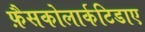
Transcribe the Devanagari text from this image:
फ़ैसकोलार्कटिडाए